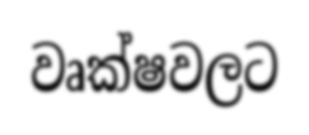
වෘක්ෂවලට